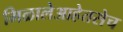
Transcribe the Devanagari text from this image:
मिळालेआहेतसेच